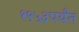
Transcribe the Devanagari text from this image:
१९५३पर्यंत